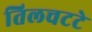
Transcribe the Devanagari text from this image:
तिलचटटे